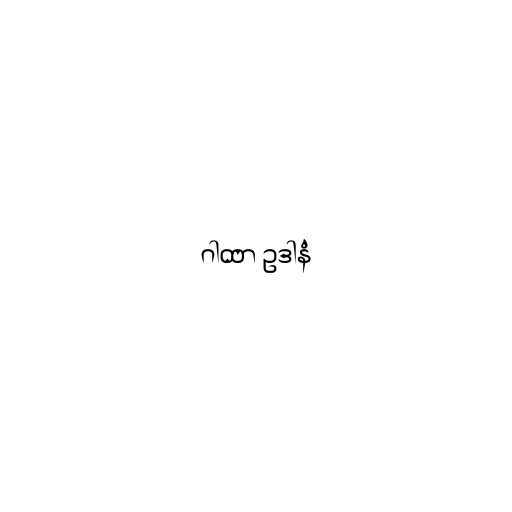
ဂါထာ ဥဒါနံ